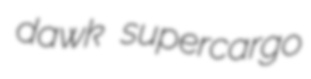
dawk supercargo